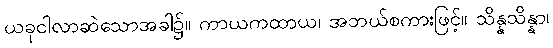
ယခုငါလာဆဲသောအခါ၌။ ကာယကထာယ၊ အဘယ်စကားဖြင့်။ သိန္နသိန္နာ၊